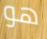
هو